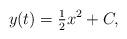
LaTeX: \begin{align*}y(t) = \tfrac{1}{2} x^2 + C,\end{align*}